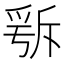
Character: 𣂭